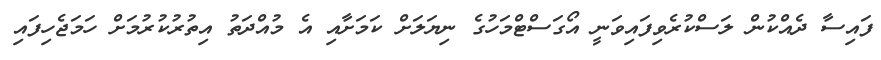
ފައިސާ ދެއްކުން ލަސްކުރެވިފައިވަނީ އޯގަސްޓްމަހުގެ ނިޔަލަށް ކަމަށާއި އެ މުއްދަތު އިތުރުކުރުމަށް ހަމަޖެހިފައި